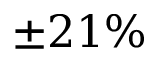
\pm 2 1 \%